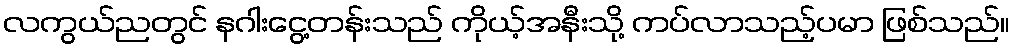
လကွယ်ညတွင် နဂါးငွေ့တန်းသည် ကိုယ့်အနီးသို့ ကပ်လာသည့်ပမာ ဖြစ်သည်။